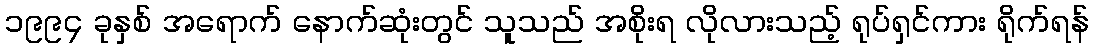
၁၉၉၄ ခုနှစ် အရောက် နောက်ဆုံးတွင် သူသည် အစိုးရ လိုလားသည့် ရုပ်ရှင်ကား ရိုက်ရန်